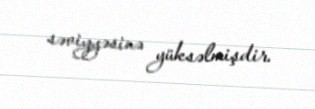
səviyyəsinə yüksəlmişdir.